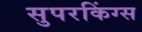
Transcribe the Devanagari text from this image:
सुपरकिंग्स